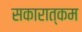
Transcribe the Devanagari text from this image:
सकारात्‍कम